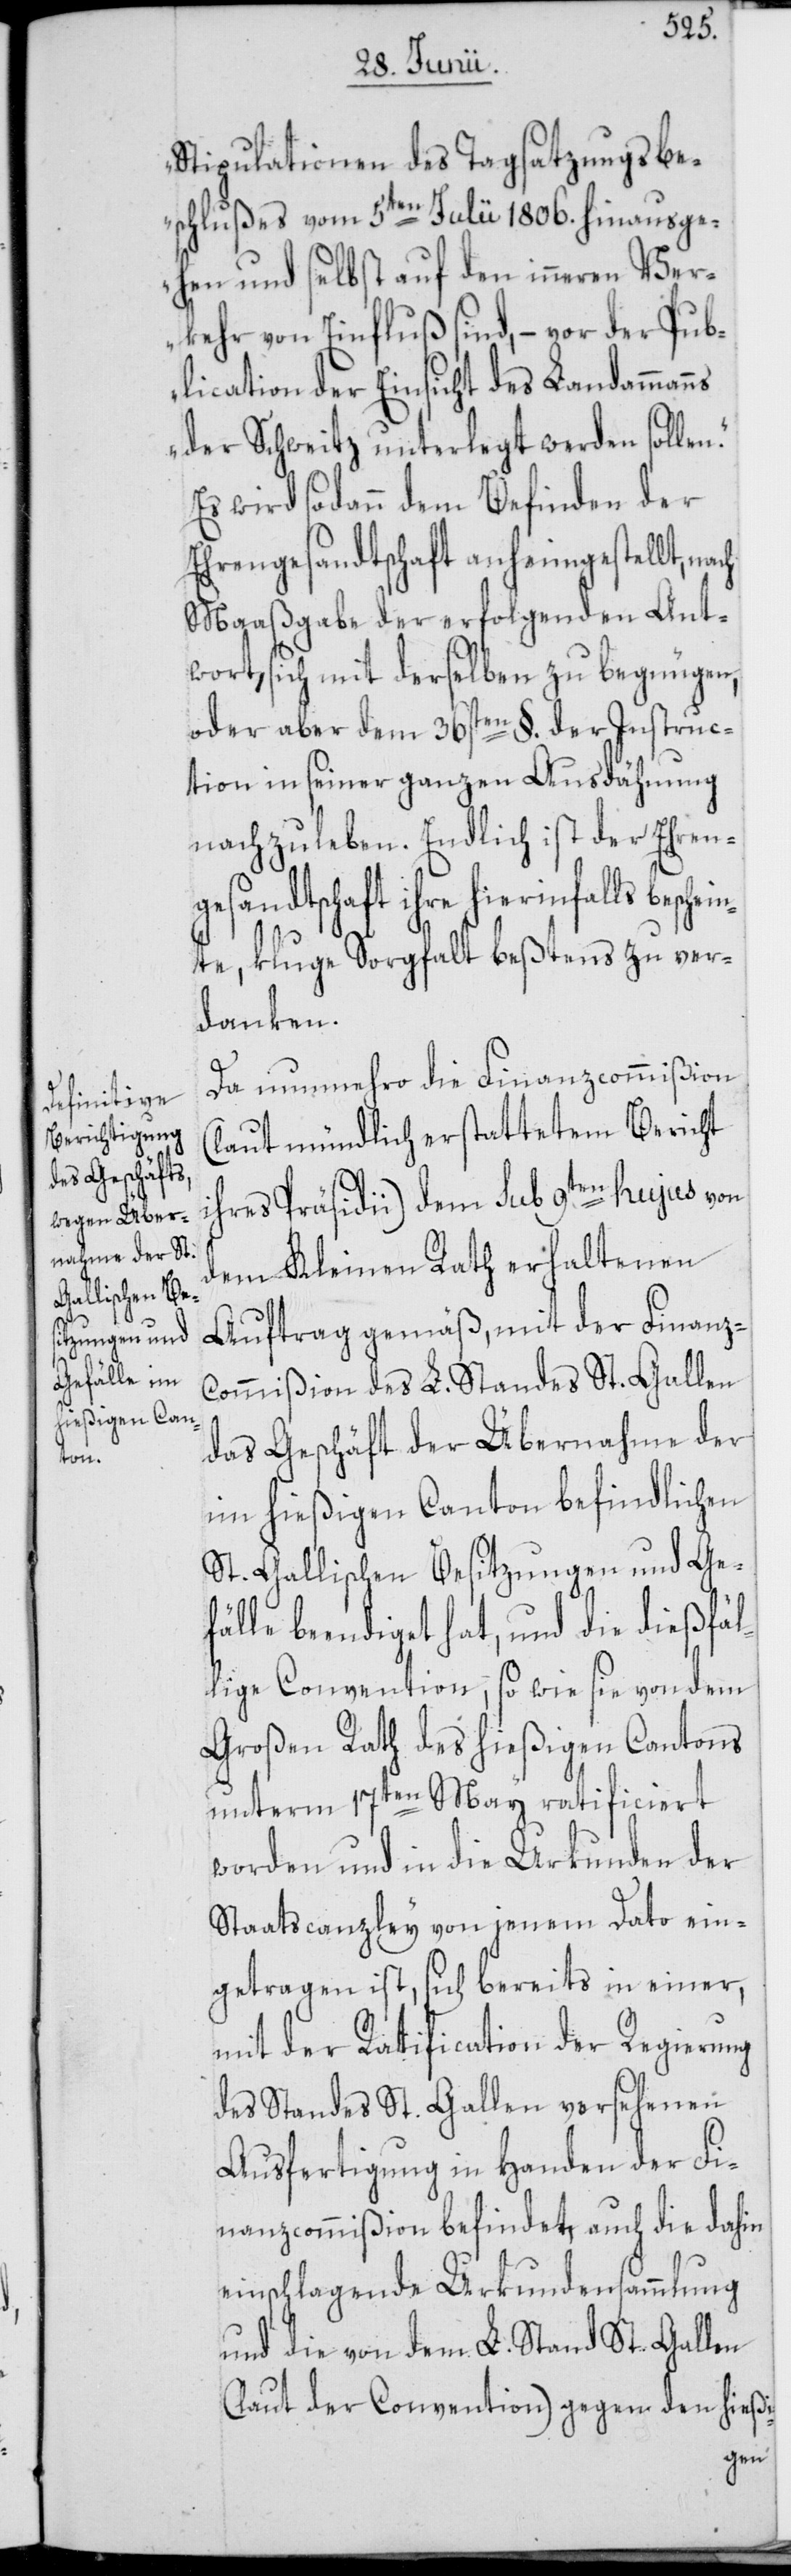
efälle
n.“

Stipulationen des Tagsatzungsbe¬
schlußes vom 5ten Julii 1806. hinausge¬
hen und selbst auf den inneren Ver¬
kehr von Einfluß sind, – vor der Pub¬
lication der Einsicht des Landammanns
der Schweitz unterlegt werden solle¬
Es wird sodann dem Befinden der
Ehrengesandtschaft anheimgestellt,
Maaßgabe der erfolgenden Ant¬
wort, sich mit derselben zu begnügen,
oder aber dem 36sten §. der Instruc¬
tion in seiner ganzen Ausdähnung
nachzuleben. Endlich ist der Ehren¬
gesandtschaft ihre hierinfalls besc¬
te, kluge Sorgfalt beßtens zu ver¬
danken.
Da nunmehro die Finanzcommißion
(laut mündlich erstattetem Bericht
ihres Präsidii) dem sub 9ten hujus von
dem Kleinen Rath erhaltenen
Auftrag gemäß, mit der Finanz-C¬
ommißion des L. Standes St. Gallen
das Geschäft der Übernahme der
im hießigen Canton befindlichen
St. Gallischen Besitzungen und G¬
beendiget hat, und die dießfä¬
llige Convention, so wie sie von dem
Großen Rath des hießigen Cantons
unterm 17ten May ratificiert
worden und in die Urkunden der
Staatscanzley von jenem Dato ein¬
getragen ist, sich bereits in einer,
mit der Ratification der Regierung
des Standes St. Gallen versehenen
Ausfertigung in Handen der Fi¬
nanzcommißion befindet, auch die dahin
einschlagende Urkundensammlung
und die von dem L. Stand St. Gallen
(laut der Convention) gegen den hießi-
hein¬